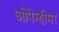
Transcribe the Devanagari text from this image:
ओपेन्हीमर